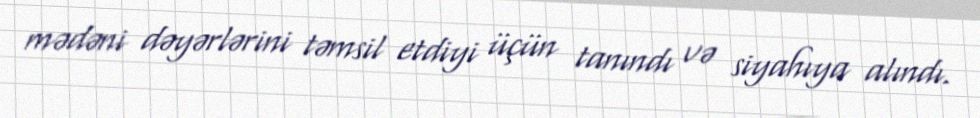
mədəni dəyərlərini təmsil etdiyi üçün tanındı və siyahıya alındı.